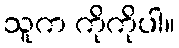
သူက ကိုကိုပါ။